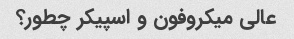
عالی میکروفون و اسپیکر چطور؟